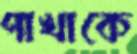
পাখাকে